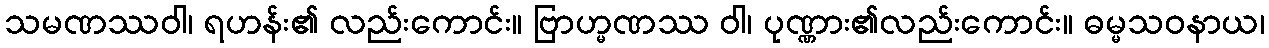
သမဏဿဝါ၊ ရဟန်း၏ လည်းကောင်း။ ဗြာဟ္မဏဿ ဝါ၊ ပုဏ္ဏား၏လည်းကောင်း။ ဓမ္မသဝနာယ၊